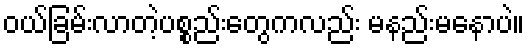
ဝယ်ခြမ်းလာတဲ့ပစ္စည်းတွေကလည်း မနည်းမနောပဲ။